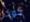
كوكر